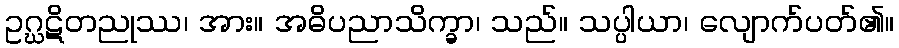
ဥဂ္ဃဋိတညုဿ၊ အား။ အဓိပညာသိက္ခာ၊ သည်။ သပ္ပါယာ၊ လျောက်ပတ်၏။